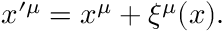
x ^ { \prime \mu } = x ^ { \mu } + \xi ^ { \mu } ( x ) .